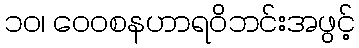
၁၀၊ ဝေဝစနဟာရဝိဘင်းအဖွင့်